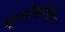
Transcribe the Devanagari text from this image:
भूलोकीचेच